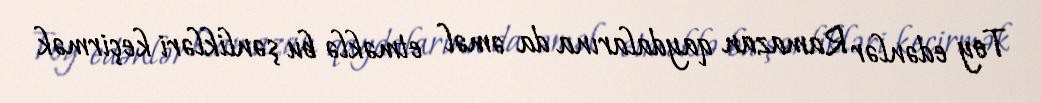
Toy edənlər Ramazan qaydalarına da əməl etməklə bu şənlikləri keçirmək